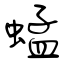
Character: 蜢